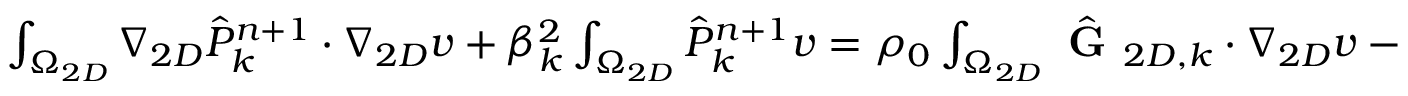
\begin{array} { r l } { \small } & { { } \int _ { \Omega _ { 2 D } } \nabla _ { 2 D } \hat { P } _ { k } ^ { n + 1 } \cdot \nabla _ { 2 D } v + \beta _ { k } ^ { 2 } \int _ { \Omega _ { 2 D } } \hat { P } _ { k } ^ { n + 1 } v = \rho _ { 0 } \int _ { \Omega _ { 2 D } } \hat { \textbf { G } } _ { 2 D , k } \cdot \nabla _ { 2 D } v - i \beta _ { k } \rho _ { 0 } \int _ { \Omega _ { 2 D } } \hat { G } _ { z , k } v } \end{array}